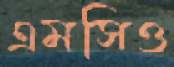
এমসিও